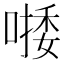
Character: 𠼈